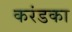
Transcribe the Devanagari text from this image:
करंडका